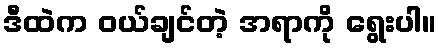
ဒီထဲက ဝယ်ချင်တဲ့ အရာကို ရွေးပါ။